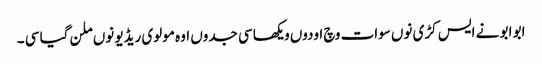
ابو ابو نے ایس کڑی نوں سوات وچ اودوں ویکھا سی جدوں اوہ مولوی ریڈیو نوں ملن گیا سی ۔